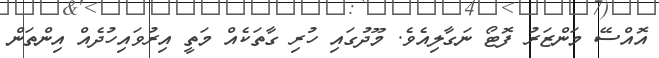
އޮއްސޭ މަންޒަރު ފޮޓޯ ނަގާލިއެވެ. މޫދުގައި ހުރި ގާތަކެއް މަތީ އިރުވައިހުދެއް އިންތަން